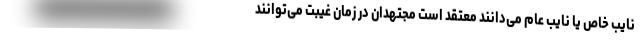
نایب خاص یا نایب عام می‌دانند معتقد است مجتهدان در زمان غیبت می‌توانند